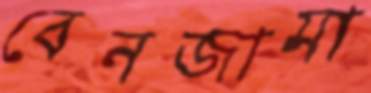
বেনজামা